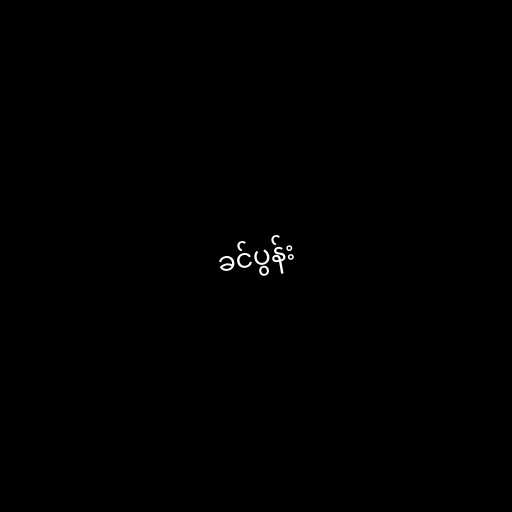
ခင်ပွန်း